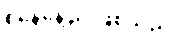
စနေနေ့ည ဖြစ်သည်။